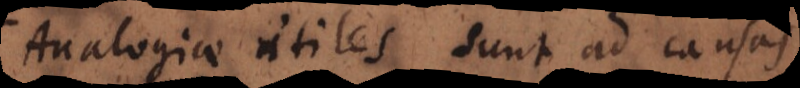
Analogiae utiles sunt ad causas